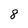
Character: 8